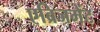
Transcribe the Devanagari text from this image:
एब्रिजमेंट